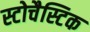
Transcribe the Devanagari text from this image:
स्टोचैस्टिक